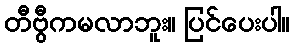
တီဗွီကမလာဘူး။ ပြင်ပေးပါ။